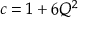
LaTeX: c = 1 + 6 Q ^ { 2 }